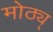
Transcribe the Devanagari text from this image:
मोठ्य्